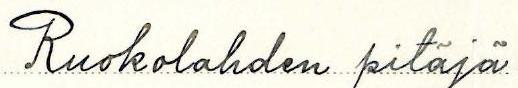
Ruokolahden pitäjä